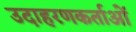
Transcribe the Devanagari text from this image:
उदाहरणकर्ताओं